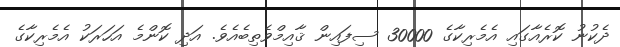
ދެކުނު ކޮރެއާގައި އެމެރިކާގެ 30000 ސިފައިން ޤާއިމްވެތިބެއެވެ. އަދި ކޮންމެ އަހަރަކު އެމެރިކާގެ